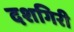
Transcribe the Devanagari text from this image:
दशगिरी